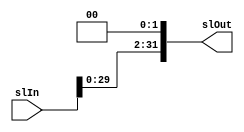
// Mdulo responsvel por realizar a operao de Shift para a esquerda 2 vezes em uma dada entrada;

module sl2 (slIn, slOut);

	input [31:0] slIn;
	output wire [31:0] slOut;

    // Declarao de um registrador temporrio para receber o valor do shift left;
    // Isso  feito para que o valor original da entrada no seja alterado;
	reg [31:0] slAux;

    // Operao de Shift Left com 2;
	always @(*) begin
		slAux = slIn << 2;
	end

    // Associando o valor deslocado  sada;
	assign slOut = slAux;

endmodule